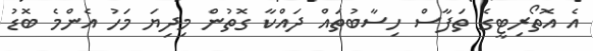
އެ އޮތޯރިޓީގެ ތަފާސް ހިސާބުތައް ދައްކާ ގޮތުން މިިދިޔަ މަހު އެންމެ ބޮޑު